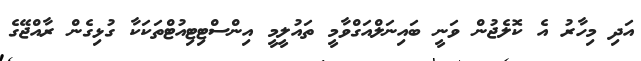
އަދި މިހާރު އެ ކޮލެޖުން ވަނީ ބައިނަލްއަގްވާމީ ތައުލީމީ އިންސްޓިޓިއުޓްތަކަކާ ގުޅިގެން ރާއްޖޭގެ